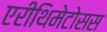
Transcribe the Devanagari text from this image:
एरीथिमेटोसस